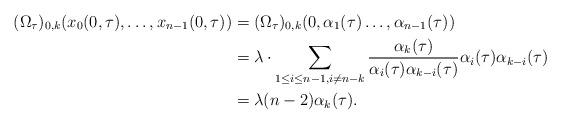
LaTeX: \begin{align*}(\Omega_{\tau})_{0,k}(x_0(0,\tau),\ldots,x_{n-1}(0,\tau) )&=(\Omega_{\tau})_{0,k}(0,\alpha_1(\tau)\ldots,\alpha_{n-1}(\tau) )\\&=\lambda \cdot \sum_{1\leq i \leq n-1, i \neq n-k} \frac{\alpha_{k}(\tau)}{\alpha_i(\tau) \alpha_{k-i}(\tau)} \alpha_{i}(\tau)\alpha_{k-i}(\tau)\\&=\lambda(n-2)\alpha_k(\tau).\end{align*}